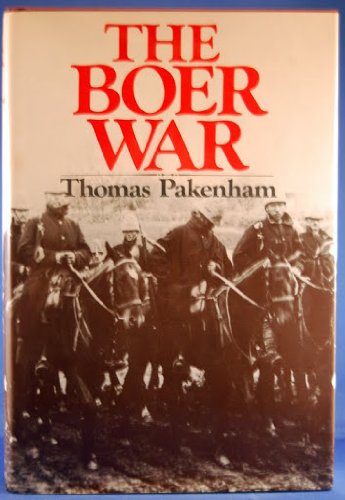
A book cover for The Boer War; Thomas Pakenham; History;